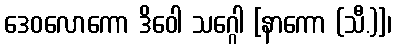
ဒေဝလောကော ဒိဝေါ သဂ္ဂေါ [နာကော (သီ.)]၊